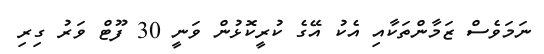
ނަމަވެސް ޒަމާންތަކާއި އެކު އޭގެ ކުރީކޮޅުން ވަނީ 30 ފޫޓް ވަރު ގިރި